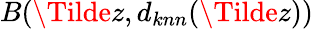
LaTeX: B(\Tilde{z},d_{knn}(\Tilde{z}))